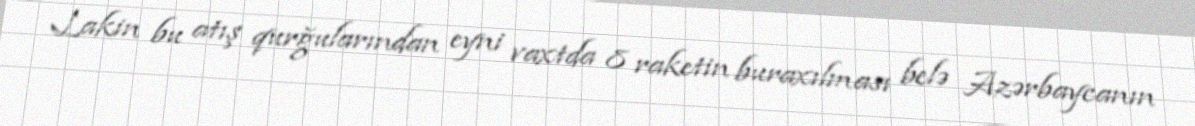
Lakin bu atış qurğularından eyni vaxtda 8 raketin buraxılması belə Azərbaycanın